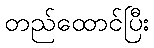
တည်ထောင်ပြီး